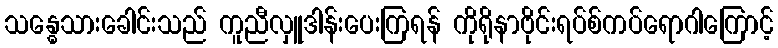
သန္ဓေသားခေါင်းသည် ကူညီလှူဒါန်းပေးကြရန် ကိုရိုနာဗိုင်းရပ်စ်ကပ်ရောဂါကြောင့်